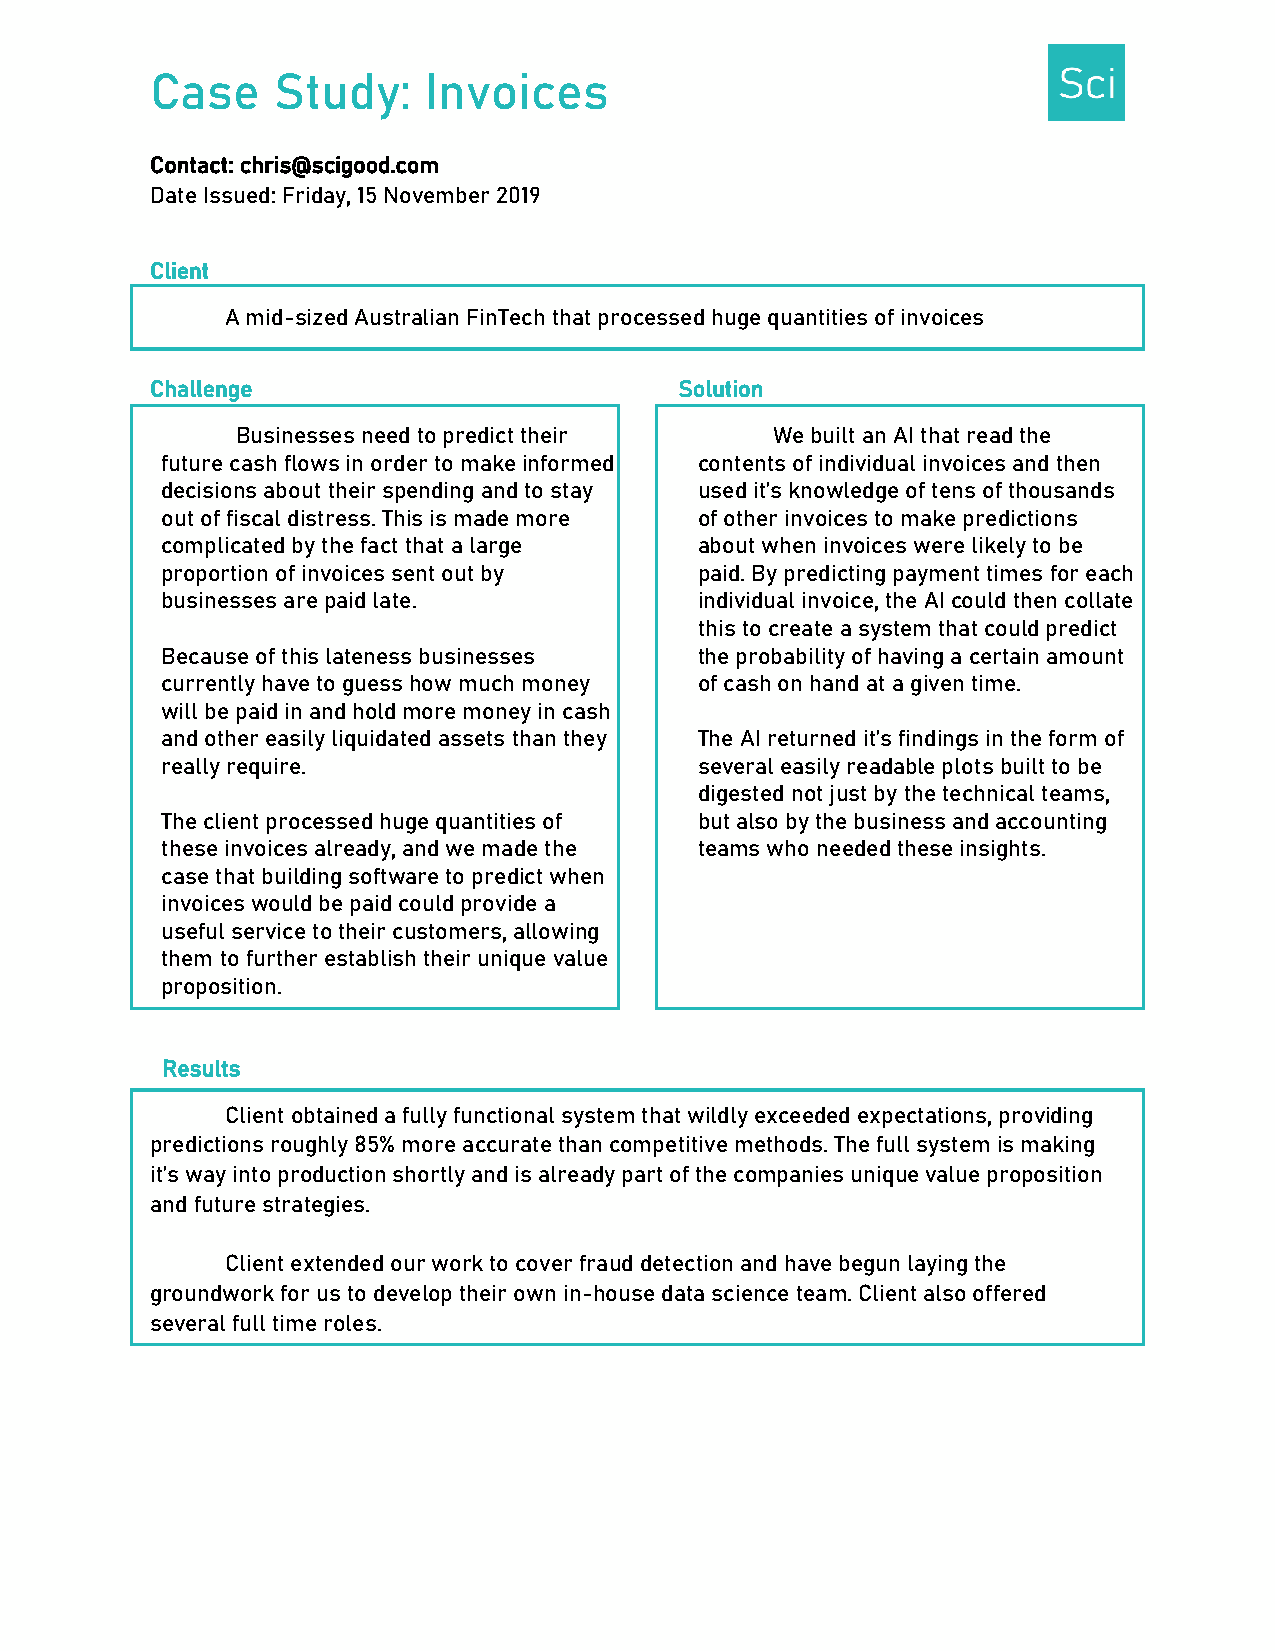
Case    Study:    Invoices
 Contact: chris@scigood.com
 Date Issued: Friday, 15 November 2019
 Client
 A mid-sized Australian FinTech that processed huge quantities of invoices
 Challenge                          Solution
 Businesses need to predict their   We built an AI that read the
 future cash flows in order to make informed contents of individual invoices and then
 decisions about their spending and to stay used it’s knowledge of tens of thousands
 out of fiscal distress. This is made more of other invoices to make predictions
 complicated by the fact that a large about when invoices were likely to be
 proportion of invoices sent out by paid. By predicting payment times for each
 businesses are paid late.          individual invoice, the AI could then collate
 this to create a system that could predict
 Because of this lateness businesses the probability of having a certain amount
 currently have to guess how much money of cash on hand at a given time.
 will be paid in and hold more money in cash
 and other easily liquidated assets than they The AI returned it’s findings in the form of
 really require.                    several easily readable plots built to be
 digested not just by the technical teams,
 The client processed huge quantities of but also by the business and accounting
 these invoices already, and we made the teams who needed these insights.
 case that building software to predict when
 invoices would be paid could provide a
 useful service to their customers, allowing
 them to further establish their unique value
 proposition.
 Results
 Client obtained a fully functional system that wildly exceeded expectations, providing
 predictions roughly 85% more accurate than competitive methods. The full system is making
 it’s way into production shortly and is already part of the companies unique value proposition
 and future strategies.
 Client extended our work to cover fraud detection and have begun laying the
 groundwork for us to develop their own in-house data science team. Client also offered
 several full time roles.